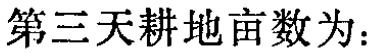
第三天耕地亩数为：